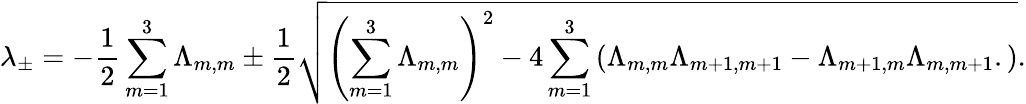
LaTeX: \lambda_{\pm}=-\frac{1}{2}\sum_{m=1}^{3}\Lambda_{m,m}\pm\frac{1}{2}\sqrt{\left(\sum_{m=1}^{3}\Lambda_{m,m}\right)^{2}-4\sum_{m=1}^{3}\left(\Lambda_{m,m}\Lambda_{m+1,m+1}-\Lambda_{m+1,m}\Lambda_{m,m+1}.\right)}.